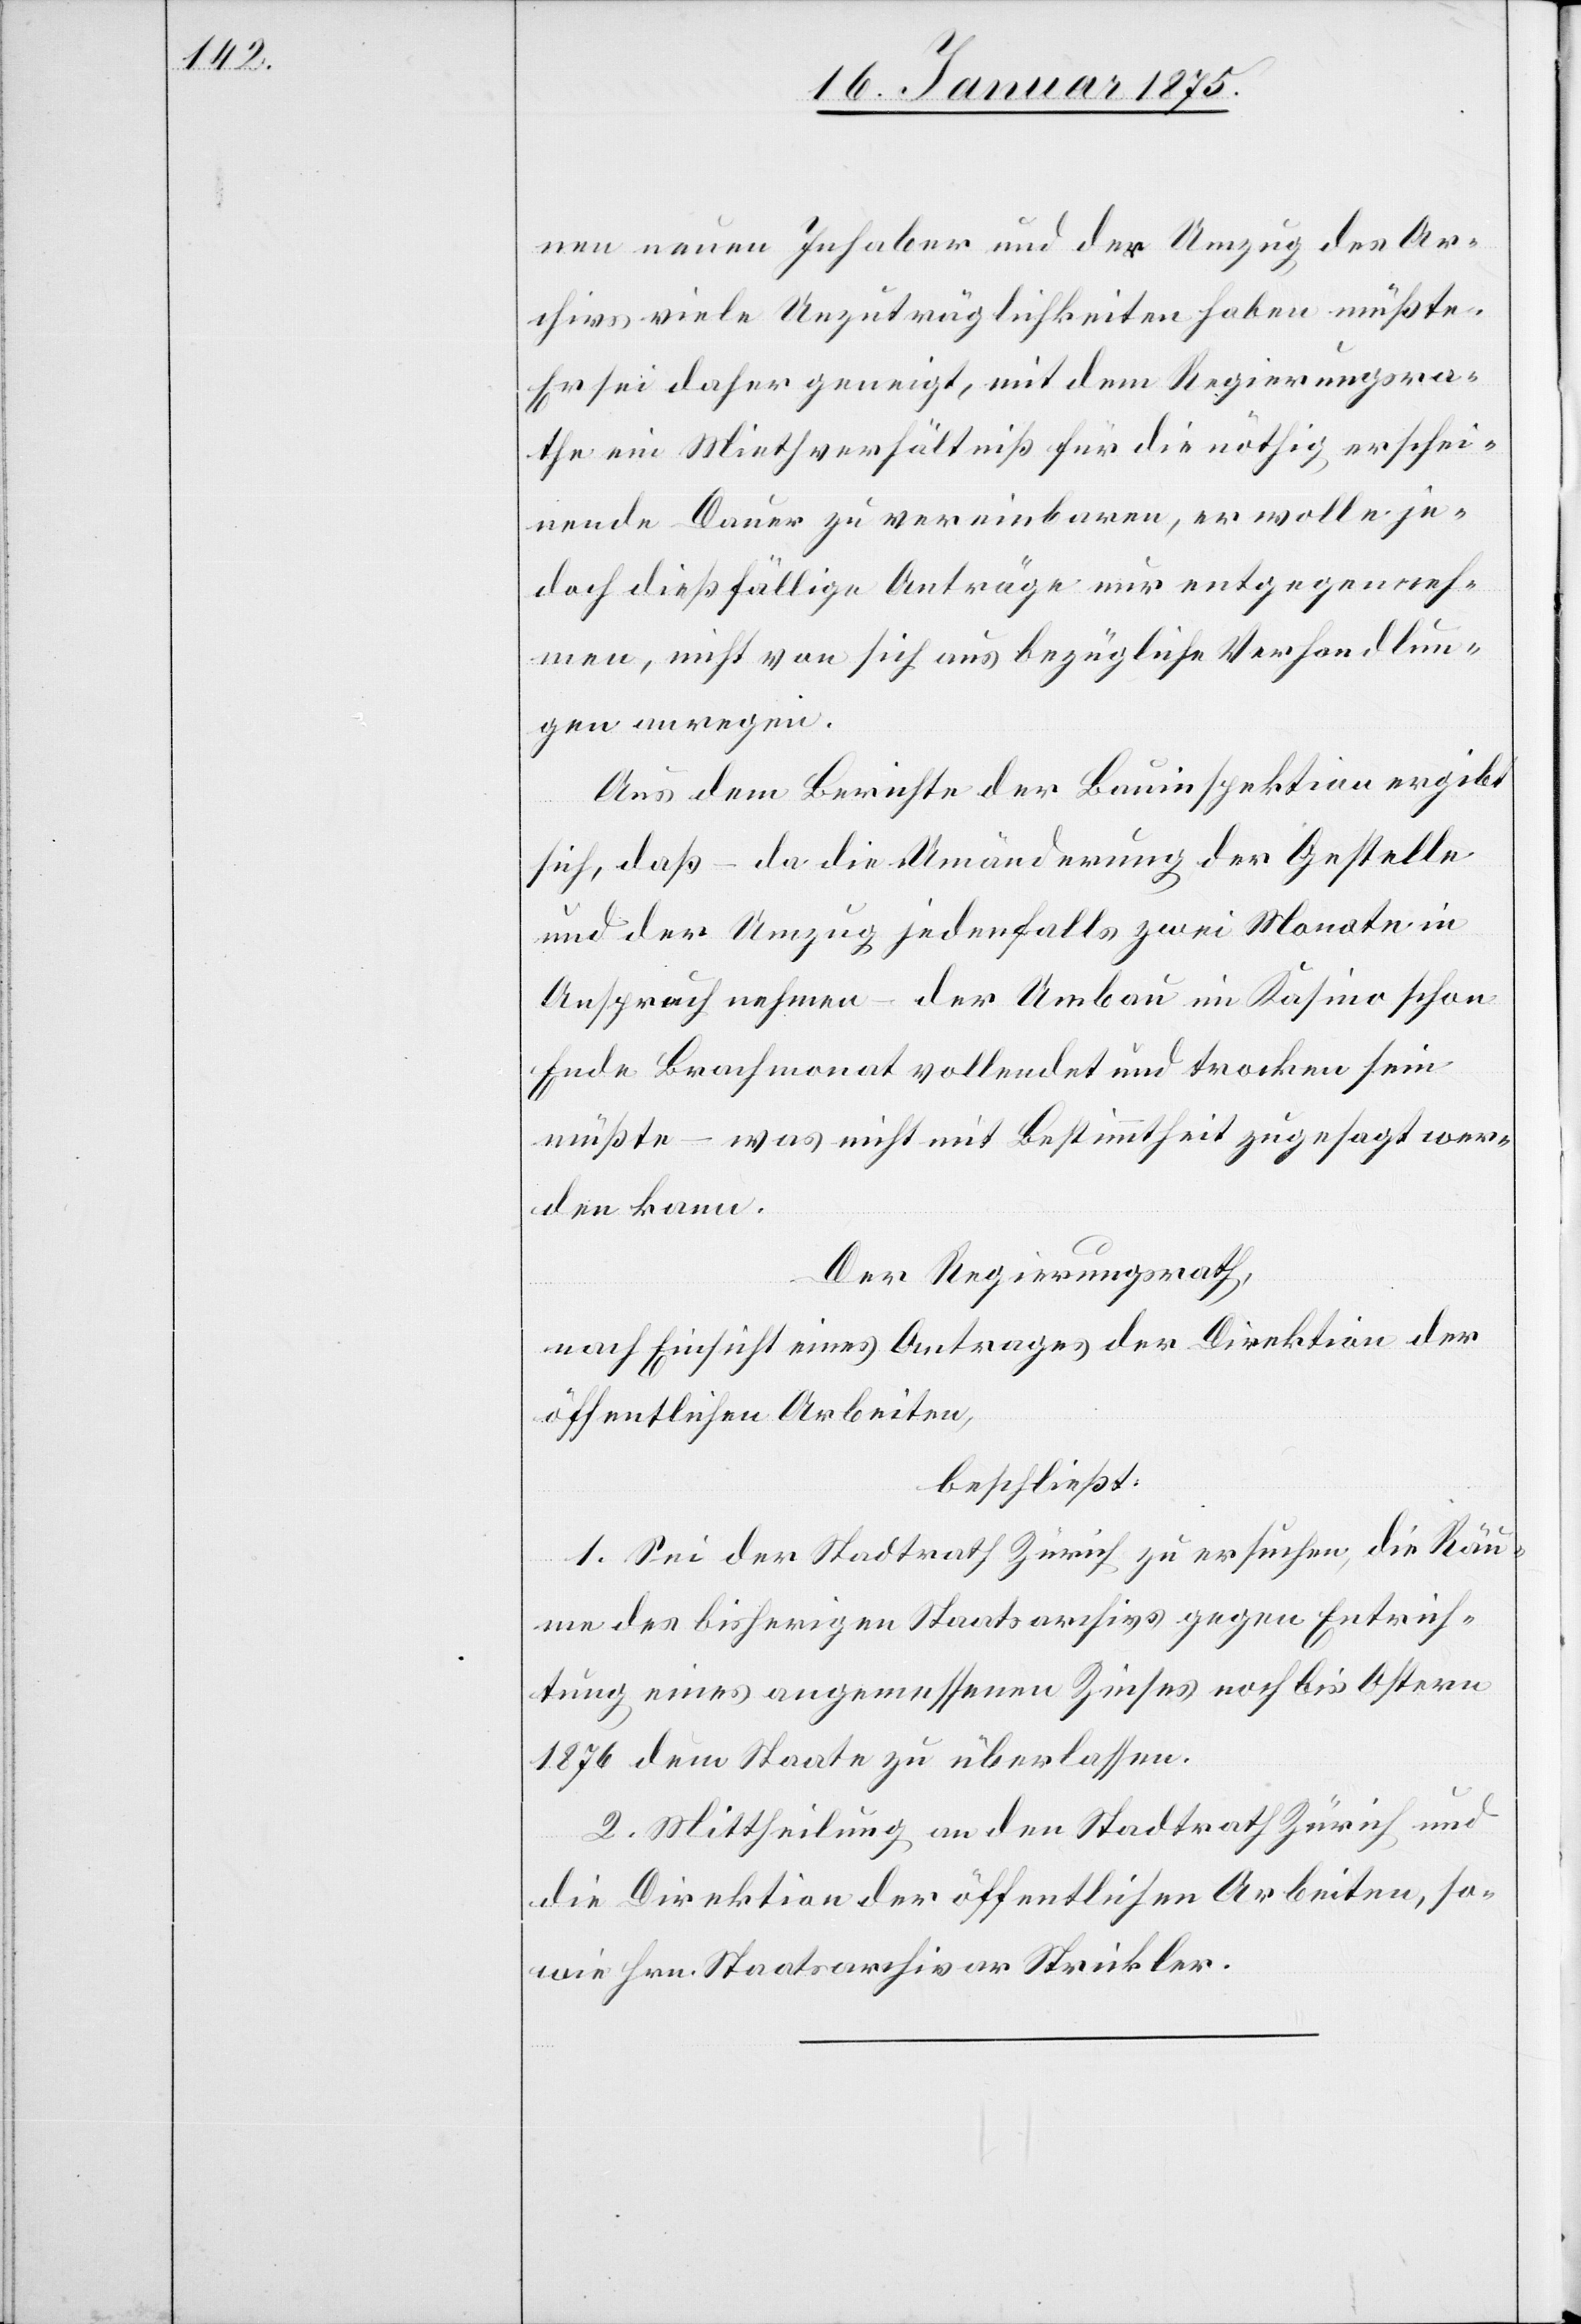
nen neuen Inhaber und der Umzug des Ar¬
chivs viele Unzuträglichkeiten haben müßte.
Er sei daher geneigt, mit dem Regierungsra¬
the ein Miethverhältniß für die nöthig erschei¬
nende Dauer zu vereinbaren, er wolle je¬
doch dießfällige Anträge nur entgegenneh¬
men, nicht von sich aus bezügliche Verhandlun¬
gen anregen.
Aus dem Berichte der Bauinspektion ergibt
sich, daß – da die Umänderung der Gestelle
und der Umzug jedenfalls zwei Monate in
Anspruch nehmen – der Umbau im Kasino schon
Ende Brachmonat vollendet und trocken sein
müßte, – was nicht mit Bestimmtheit zugesagt wer¬
den kann.
Der Regierungsrath,
nach Einsicht eines Antrages der Direktion der
öffentlichen Arbeiten,
beschließt:
1. Sei der Stadtrath Zürich zu ersuchen, die Räu¬
me des bisherigen Staatsarchivs gegen Entrich¬
tung eines angemessenen Zinses noch bis Ostern
1876 dem Staate zu überlassen.
2. Mittheilung an den Stadtrath Zürich und
die Direktion der öffentlichen Arbeiten, so¬
wie Hrn. Staatsarchivar Strickler.